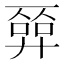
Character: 𢍦